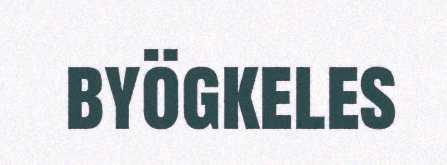
byögkeles